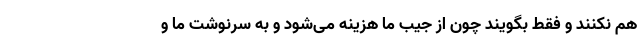
هم نکنند و فقط بگویند چون از جیب ما هزینه می‌شود و به سرنوشت ما و